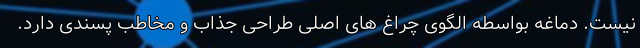
نیست. دماغه بواسطه الگوی چراغ های اصلی طراحی جذاب و مخاطب پسندی دارد.